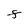
Character: F